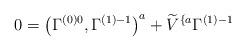
LaTeX: \begin{align*}0=\left( \Gamma _{}^{\left( 0\right) 0},\Gamma _{}^{\left(1\right) -1}\right) ^a+\widetilde{V}^{\{a}\Gamma _{}^{\left( 1\right) -1}\end{align*}